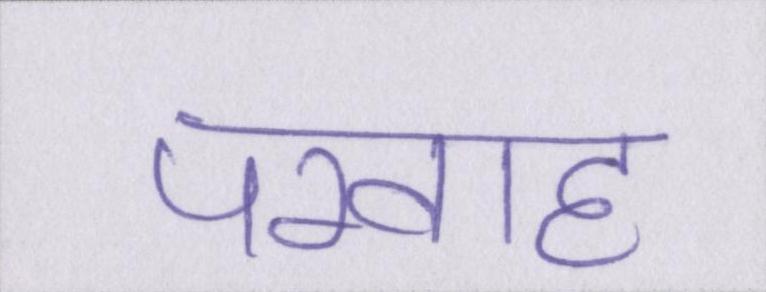
परवाह